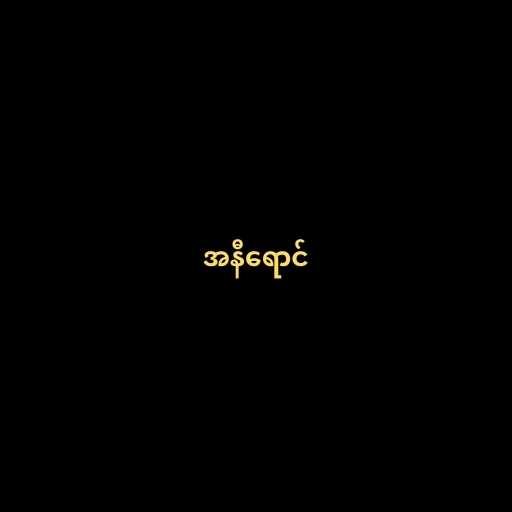
အနီရောင်